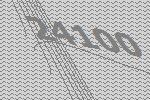
24100